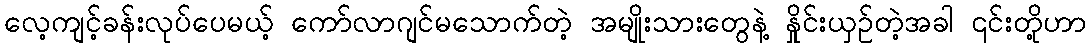
လေ့ကျင့်ခန်းလုပ်ပေမယ့် ကော်လာဂျင်မသောက်တဲ့ အမျိုးသားတွေနဲ့ နှိုင်းယှဉ်တဲ့အခါ ၎င်းတို့ဟာ